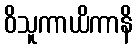
ဝိသူကာယိကာနိ